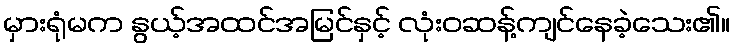
မှားရုံမက နွယ့်အထင်အမြင်နှင့် လုံးဝဆန့်ကျင်နေခဲ့သေး၏။